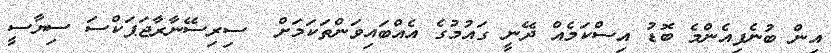
އިން ބުނެފިއެންމެ ބޮޑު އިސްކަމެއް ދޭނީ ގައުމުގެ އެއްބައިވަންތަކަމަށް  ސިރިސޭނާރާޖަޕަކްސަ ސިޔާސީ